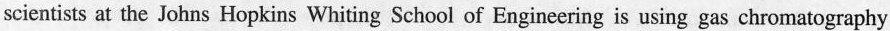
scientists at the Johns Hopkins Whiting School of Engineering is using gas chromatography